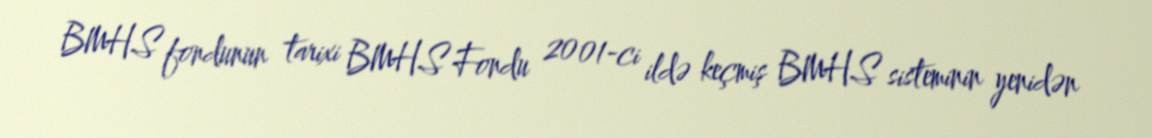
BMHS fondunun tarixi BMHS Fondu 2001-ci ildə keçmiş BMHS sisteminin yenidən